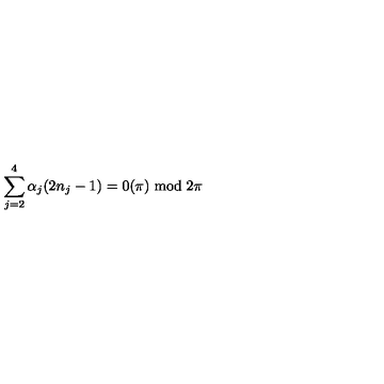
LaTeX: \sum _ { j = 2 } ^ { 4 } \alpha _ { j } ( 2 n _ { j } - 1 ) = 0 ( \pi ) \bmod 2 \pi